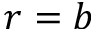
r = b